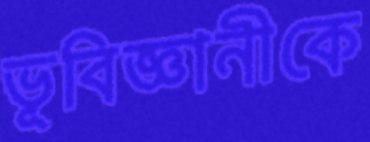
ভূবিজ্ঞানীকে